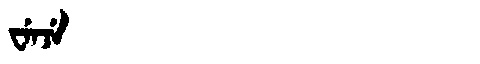
Manchu: ᠸᡝᠨᠵᡝ
Romanization: WENJE